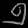
Digit: ၅